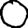
Digit: 0